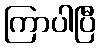
ကြာပါပြီ